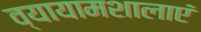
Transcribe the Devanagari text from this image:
व्यायामशालाएं